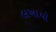
લખાયો